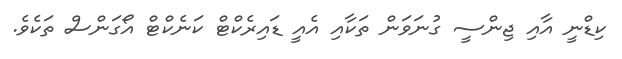
ކިޑްނީ އާއި ޖިންސީ ގުނަވަން ތަކާއި އެއީ ޑައިރެކްޓް ކަނެކްޓް އޯގަންސް ތަކެވެ.